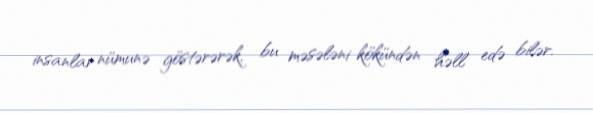
insanlar nümunə göstərərək, bu məsələni kökündən həll edə bilər.